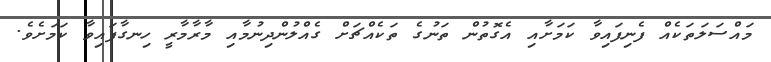
މައްސަލަތަކެއް ފެނިފައިވާ ކަމަށާއި އެގޮތުން ތަނުގެ ތަކެއްޗަށް ގެއްލުންދިނުމާއި މާރާމާރީ ހިނގާފައިވާ ކަމަށެވެ.